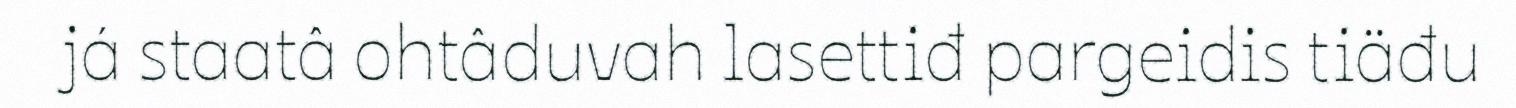
já staatâ ohtâduvah lasettiđ pargeidis tiäđu